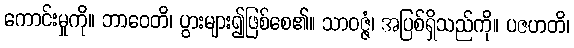
ကောင်းမှုကို။ ဘာဝေတိ၊ ပွားများ၍ဖြစ်စေ၏။ သာဝဇ္ဇံ၊ အပြစ်ရှိသည်ကို။ ပဇဟတိ၊